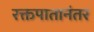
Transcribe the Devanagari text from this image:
रक्तपातानंतर